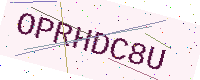
Text: OPRHDC8U